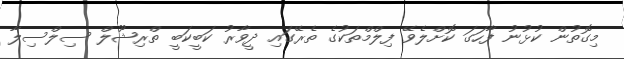
މިގޮތުން ކުޅުނު ފާހަގަ ކޮށްލެވޭ ފިލްމްތަކުގެ ތެރޭގައި ދީވާރު ކަބީކަބީ ތްރިޝޫލް ސިލްސިލާ